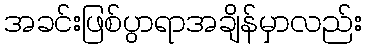
အခင်းဖြစ်ပွာရာအချိန်မှာလည်း